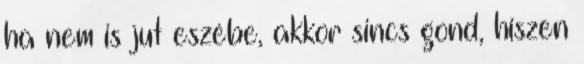
ha nem is jut eszébe, akkor sincs gond, hiszen